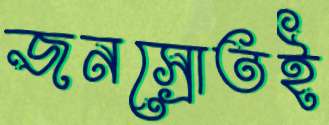
জনস্রোতই